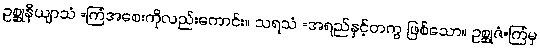
ဥစ္ဆုနိယျာသံ =ကြံအစေးကိုလည်းကောင်း။ သရသံ =အရည်နှင့်တကွ ဖြစ်သော။ ဥစ္ဆုဇံ=ကြံမှ